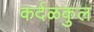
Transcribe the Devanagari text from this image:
कर्दळकुल